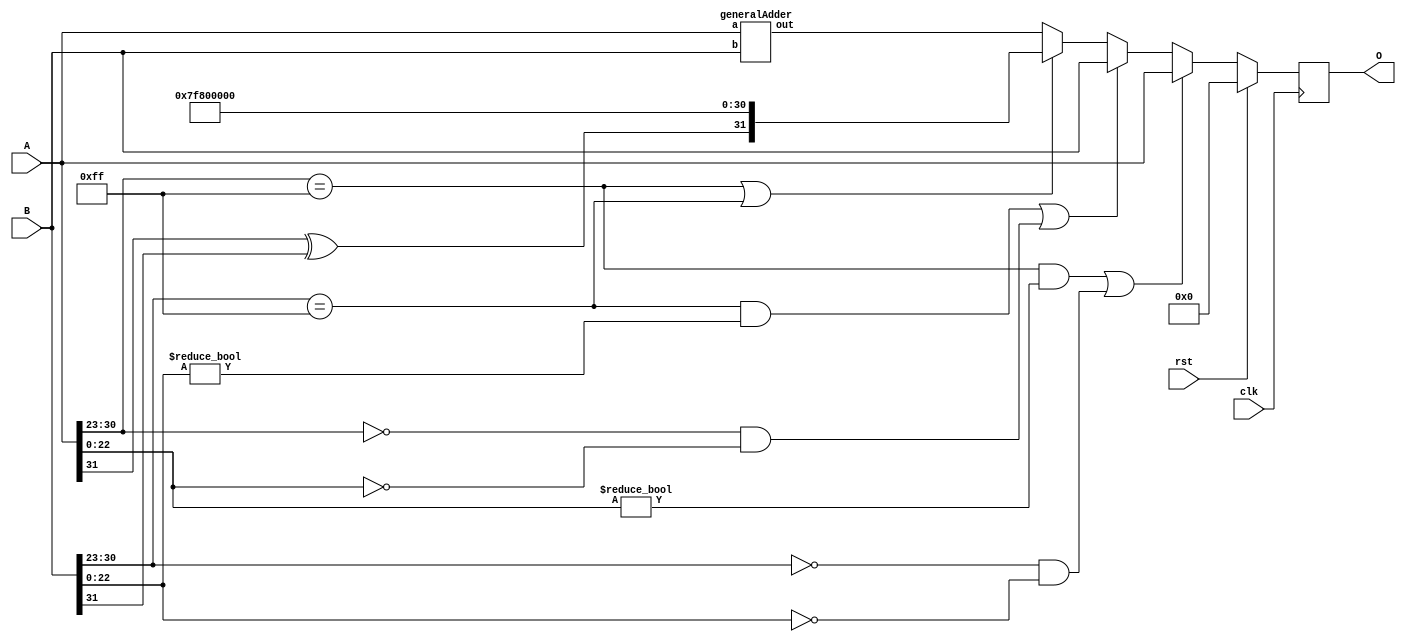
`timescale 1ns / 1ps
//////////////////////////////////////////////////////////////
// FP32 Adder 

// https://github.com/danshanley/FPU/blob/master/fpu.v

// Format: 1-bit signed, 8-bit exponents, 23-bit fractions

// NOTE: MORE VERIFICATION NEEDED
/////////////////////////////////////////////////////////////

module adder32(clk, rst, A, B, O);

  input [31:0] A, B;
  input clk;
  input rst;
  output reg [31:0] O;

  wire a_sign;
  wire b_sign;
  wire [7:0] a_exponent;
  wire [7:0] b_exponent; 
  wire [23:0] a_mantissa; // plus one bit
  wire [23:0] b_mantissa; // plus one bit 
             
  reg o_sign;
  reg [7:0] o_exponent;
  reg [24:0] o_mantissa;  // plus two bits
	
  wire [31:0] adder_a_in;
  wire [31:0] adder_b_in;
  wire [31:0] adder_out;
                   

  assign a_sign = A[31];
  assign a_exponent[7:0] = A[30:23];
  assign a_mantissa[23:0] = {1'b1, A[22:0]};
  assign b_sign = B[31];
  assign b_exponent[7:0] = B[30:23];
  assign b_mantissa[23:0] = {1'b1, B[22:0]};

  generalAdder gAdder (
    .a(adder_a_in),
    .b(adder_b_in),
    .out(adder_out)
  );

  assign adder_a_in = A;
  assign adder_b_in = B;
  
  //covers corner cases and uses general adder logic
  always @ ( posedge clk ) begin
	if (rst == 1'b1) begin
		O = 32'd0;
	end else begin
		//If a is NaN or b is zero return a
		if ((a_exponent == 255 && a_mantissa[22:0] != 0) || (b_exponent == 0) && (b_mantissa[22:0] == 0)) begin
			o_sign = a_sign;
			o_exponent = a_exponent;
			o_mantissa = a_mantissa;
			O = {o_sign, o_exponent, o_mantissa[22:0]};
		//If b is NaN or a is zero return b
		end else if ((b_exponent == 255 && b_mantissa[22:0] != 0) || (a_exponent == 0) && (a_mantissa[22:0] == 0)) begin
			o_sign = b_sign;
			o_exponent = b_exponent;
			o_mantissa = b_mantissa;
			O = {o_sign, o_exponent, o_mantissa[22:0]};
		//if a and b is inf return inf
		end else if ((a_exponent == 255) || (b_exponent == 255)) begin
			o_sign = a_sign ^ b_sign;
			o_exponent = 255;
			o_mantissa = 0;
			O = {o_sign, o_exponent, o_mantissa[22:0]};
		end else begin // Passed all corner cases
			//adder_a_in = A;
			//adder_b_in = B;
			o_sign = adder_out[31];
			o_exponent = adder_out[30:23];
			o_mantissa = adder_out[22:0];
			O = {o_sign, o_exponent, o_mantissa[22:0]};
		end
	end
  end  
        
endmodule

//general adder logic whenever the inputs change
module generalAdder(a, b, out);
  input [31:0] a, b;
  output [31:0] out;   

  wire [31:0] out;
  
  reg a_sign;
  reg b_sign;
  reg [7:0] a_exponent;
  reg [7:0] b_exponent;
  reg [23:0] a_mantissa;
  reg [23:0] b_mantissa;   
  
  reg o_sign;
  reg [7:0] o_exponent;
  reg [24:0] o_mantissa; 


  reg [7:0] diff;
  reg [23:0] tmp_mantissa;

  reg [7:0] i_e;
  reg [24:0] i_m;
  wire [7:0] o_e;
  wire [24:0] o_m;

                       
  addition_normaliser norm1(
    .in_e(i_e),
    .in_m(i_m),
    .out_e(o_e),
    .out_m(o_m)
  );

  assign out[31] = o_sign;
  assign out[30:23] = o_exponent;
  assign out[22:0] = o_mantissa[22:0];

  always @ (*) begin
  
	  a_sign = a[31];
     
	  if(a[30:23] == 0) begin
		  a_exponent = 8'b00000001;
		  a_mantissa = {1'b0, a[22:0]};
	  end else begin
		  a_exponent = a[30:23];
		  a_mantissa = {1'b1, a[22:0]};
	  end
     
	  b_sign = b[31];
     
	  if(b[30:23] == 0) begin
		  b_exponent = 8'b00000001;
		  b_mantissa = {1'b0, b[22:0]};
	  end else begin
		  b_exponent = b[30:23];
		  b_mantissa = {1'b1, b[22:0]};
	  end
     
    if (a_exponent == b_exponent) begin // Equal exponents
      	o_exponent = a_exponent;
      	if (a_sign == b_sign) begin // Equal signs = add
        	o_mantissa = a_mantissa + b_mantissa;
        	//Signify to shift
        	o_mantissa[24] = 1;
        	o_sign = a_sign;
      	end else begin // Opposite signs = subtract
        	if(a_mantissa > b_mantissa) begin
          	o_mantissa = a_mantissa - b_mantissa;
          	o_sign = a_sign;
        	end else begin
       		  o_mantissa = b_mantissa - a_mantissa;
     		    o_sign = b_sign;
        	end
      	end
    end else begin //Unequal exponents
      	if (a_exponent > b_exponent) begin // A is bigger
        	o_exponent = a_exponent;
        	o_sign = a_sign;
			    diff = a_exponent - b_exponent;
        	tmp_mantissa = b_mantissa >> diff;
        	if (a_sign == b_sign)
          		o_mantissa = a_mantissa + tmp_mantissa;
        	else
          		o_mantissa = a_mantissa - tmp_mantissa;
     		end else if (a_exponent < b_exponent) begin // B is bigger
     		  o_exponent = b_exponent;
     		  o_sign = b_sign;
       		diff = b_exponent - a_exponent;
       		tmp_mantissa = a_mantissa >> diff;
        	if (a_sign == b_sign)
          		o_mantissa = b_mantissa + tmp_mantissa;
     		  else
				      o_mantissa = b_mantissa - tmp_mantissa;
      	end
    end

    if(o_mantissa[24] == 1) begin
      	o_exponent = o_exponent + 1;
      	o_mantissa = o_mantissa >> 1;
    end else if((o_mantissa[23] != 1) && (o_exponent != 0)) begin
      	i_e = o_exponent;
      	i_m = o_mantissa;
      	o_exponent = o_e;
      	o_mantissa = o_m;
    end
  end
endmodule 

module addition_normaliser(in_e, in_m, out_e, out_m);
  input [7:0] in_e;
  input [24:0] in_m;
  output [7:0] out_e;
  output [24:0] out_m;
  
  wire [7:0] in_e;
  wire [24:0] in_m;
  reg [7:0] out_e;
  reg [24:0] out_m;
  
  
  always @ ( * ) begin
    if (in_m[23:3] == 21'b000000000000000000001) begin
	  out_e = in_e - 20;
	  out_m = in_m << 20;
	end else if (in_m[23:4] == 20'b00000000000000000001) begin
	  out_e = in_e - 19;
	  out_m = in_m << 19;
	end else if (in_m[23:5] == 19'b0000000000000000001) begin
	  out_e = in_e - 18;
	  out_m = in_m << 18;
	end else if (in_m[23:6] == 18'b000000000000000001) begin
	  out_e = in_e - 17;
	  out_m = in_m << 17;
	end else if (in_m[23:7] == 17'b00000000000000001) begin
	  out_e = in_e - 16;
	  out_m = in_m << 16;
	end else if (in_m[23:8] == 16'b0000000000000001) begin
	  out_e = in_e - 15;
	  out_m = in_m << 15;
	end else if (in_m[23:9] == 15'b000000000000001) begin
	  out_e = in_e - 14;
	  out_m = in_m << 14;
	end else if (in_m[23:10] == 14'b00000000000001) begin
	  out_e = in_e - 13;
	  out_m = in_m << 13;
	end else if (in_m[23:11] == 13'b0000000000001) begin
	  out_e = in_e - 12;
	  out_m = in_m << 12;
	end else if (in_m[23:12] == 12'b000000000001) begin
	  out_e = in_e - 11;
	  out_m = in_m << 11;
	end else if (in_m[23:13] == 11'b00000000001) begin
	  out_e = in_e - 10;
      out_m = in_m << 10;
	end else if (in_m[23:14] == 10'b0000000001) begin
	  out_e = in_e - 9;
	  out_m = in_m << 9;
	end else if (in_m[23:15] == 9'b000000001) begin
	  out_e = in_e - 8;
	  out_m = in_m << 8;
	end else if (in_m[23:16] == 8'b00000001) begin
	  out_e = in_e - 7;
	  out_m = in_m << 7;
	end else if (in_m[23:17] == 7'b0000001) begin
	  out_e = in_e - 6;
      out_m = in_m << 6;
	end else if (in_m[23:18] == 6'b000001) begin
	  out_e = in_e - 5;
	  out_m = in_m << 5;
	end else if (in_m[23:19] == 5'b00001) begin
	  out_e = in_e - 4;
	  out_m = in_m << 4;
	end else if (in_m[23:20] == 4'b0001) begin
	  out_e = in_e - 3;
	  out_m = in_m << 3;
	end else if (in_m[23:21] == 3'b001) begin
	  out_e = in_e - 2;
	  out_m = in_m << 2;
	end else if (in_m[23:22] == 2'b01) begin
	  out_e = in_e - 1;
	  out_m = in_m << 1;
	end
  end
endmodule